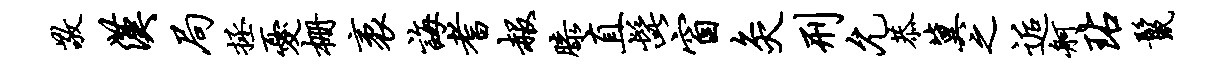
敬汉局拯忧栅袤诲耆赧膝直髭窗灸刑允恭冀之逅舸玷鬣